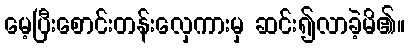
မေ့ပြီးစောင်းတန်းလှေကားမှ ဆင်း၍လာခဲ့မိ၏။